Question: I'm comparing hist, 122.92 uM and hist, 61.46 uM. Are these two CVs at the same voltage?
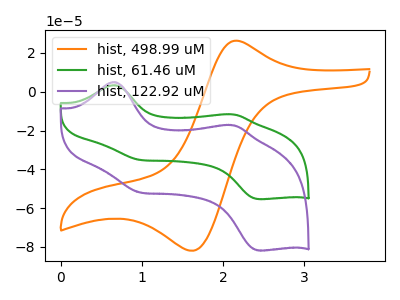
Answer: <think>The orange curve "hist, 498.99 uM" has an anodic peak at (2.20V, 26.15uA) and a cathodic peak at (1.65V, -81.95uA). The green curve "hist, 61.46 uM" has anodic peaks at (0.65V, 3.35uA) (2.10V, -11.65uA) and cathodic peaks at (1.00V, -35.15uA) (2.45V, -55.40uA). The purple curve "hist, 122.92 uM" has anodic peaks at (0.65V, 4.95uA) (2.10V, -17.25uA) and cathodic peaks at (1.00V, -51.95uA) (2.45V, -81.85uA).
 All the peaks in "hist, 122.92 uM" have a peak in "hist, 61.46 uM" at the same potential.</think>
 <answer>"hist, 122.92 uM" and "hist, 61.46 uM" are similar in shape.</answer>
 <eval>same_shape</eval>